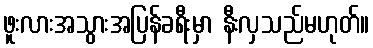
ဖူးလားအသွားအပြန်ခရီးမှာ နီးလှသည်မဟုတ်။